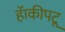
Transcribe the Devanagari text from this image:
हॅाकीपटू